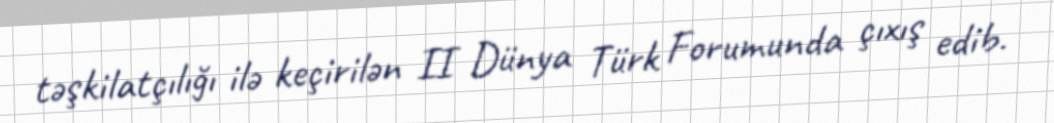
təşkilatçılığı ilə keçirilən II Dünya Türk Forumunda çıxış edib.